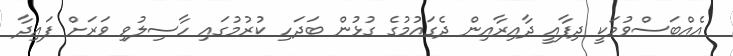
އެއްބަސްވުމަކީ ދިފާއީ ދާއިރާއިން ދެގައުމުގެ ގުޅުން ބަދަހި ކުރުމުގައި ހާސިލުވި ވަރަށް ފައިދާ